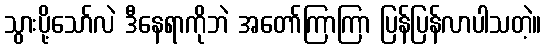
သွားပို့သော်လဲ ဒီနေရာကိုဘဲ အတော်ကြာကြာ ပြန်ပြန်လာပါသတဲ့။